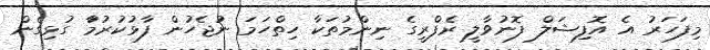
މިފަހަރު އެ އޮފިޝަލް ފޮނުވާލީ ރެފްރީގެ ނިންމުތަކާ ހިތްހަމަ ނުޖެހުން ފާޅުކުރުމަާ ގުޅިގެން